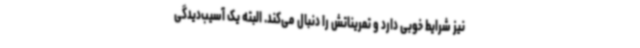
نیز شرایط خوبی دارد و تمریناتش را دنبال می‌کند. البته یک آسیب‌دیدگی